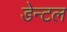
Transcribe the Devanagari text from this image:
डेन्टल